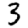
Digit: 3